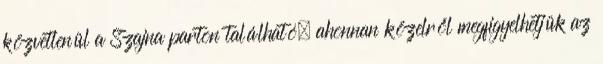
közvetlenül a Szajna parton található, ahonnan közelről megfigyelhetjük az